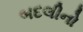
બદલીનો